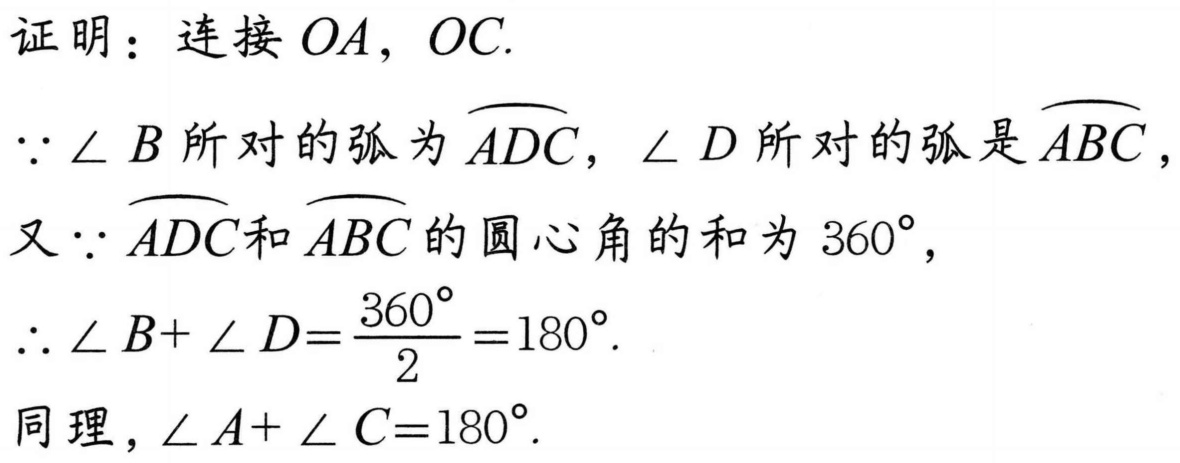
证明：连接 \(OA\)，\(OC\).
\(\because\angle B\) 所对的弧为 \(\overset{\frown}{ADC}\)，\(\angle D\) 所对的弧是 \(\overset{\frown}{ABC}\)，
又 \(\because\overset{\frown}{ADC}\)和 \(\overset{\frown}{ABC}\) 的圆心角的和为 \(360^{\circ}\)，
\(\therefore\angle B + \angle D=\frac{360^{\circ}}{2}=180^{\circ}\).
同理，\(\angle A+\angle C = 180^{\circ}\).